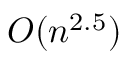
O ( n ^ { 2 . 5 } )